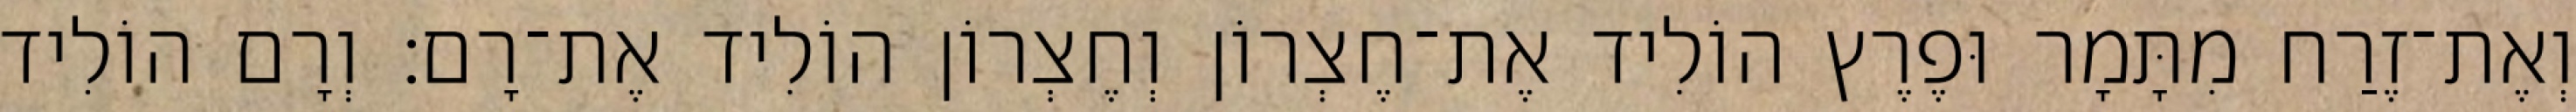
וְאֶת־זֶרַח מִתָּמָר וּפֶרֶץ הוֹלִיד אֶת־חֶצְרוֹן וְחֶצְרוֹן הוֹלִיד אֶת־רָם׃ וְרָם הוֹלִיד